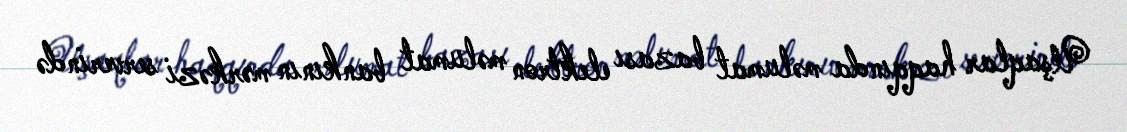
Uşaqlar haqqında məlumat bazası elektron məlumat bankının mərkəzi serverində